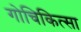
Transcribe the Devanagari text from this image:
गोचिकित्सा